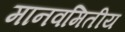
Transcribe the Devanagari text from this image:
मानवमितीय